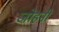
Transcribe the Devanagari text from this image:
जोहनी